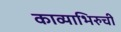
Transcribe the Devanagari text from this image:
काव्याभिरुची